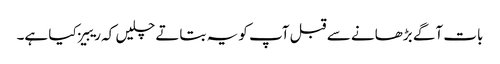
بات آگے بڑھانے سے قبل آپ کو یہ بتاتے چلیں کہ ریبیز کیا ہے۔